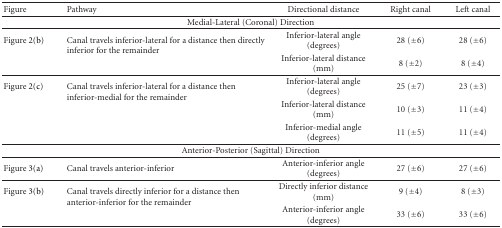
<table><thead><tr><td><b>Figure</b></td><td><b>Pathway</b></td><td><b>Directional distance</b></td><td><b>Right canal</b></td><td><b>Left canal</b></td></tr></thead><tbody><tr><td colspan="5">Medial-Lateral (Coronal) Direction</td></tr><tr><td>Figure 2(b)</td><td rowspan="2">Canal travels inferior-lateral for a distance then directly inferior for the remainder</td><td>Inferior-lateral angle (degrees)</td><td>28 (±6)</td><td>28 (±6)</td></tr><tr><td></td><td>Inferior-lateral distance (mm)</td><td>8 (±2)</td><td>8 (±4) </td></tr><tr><td>Figure 2(c)</td><td rowspan="2">Canal travels inferior-lateral for a distance then inferior-medial for the remainder</td><td>Inferior-lateral angle (degrees)</td><td>25 (±7)</td><td>23 (±3)</td></tr><tr><td></td><td>Inferior-lateral distance (mm)</td><td>10 (±3)</td><td>11 (±4)</td></tr><tr><td></td><td></td><td>Inferior-medial angle (degrees)</td><td>11 (±5)</td><td>11 (±4) </td></tr><tr><td colspan="5">Anterior-Posterior (Sagittal) Direction</td></tr><tr><td>Figure 3(a)</td><td>Canal travels anterior-inferior</td><td>Anterior-inferior angle (degrees)</td><td>27 (±6)</td><td>27 (±6) </td></tr><tr><td>Figure 3(b)</td><td rowspan="2">Canal travels directly inferior for a distance then anterior-inferior for the remainder</td><td>Directly inferior distance (mm)</td><td>9 (±4)</td><td>8 (±3)</td></tr><tr><td></td><td>Anterior-inferior angle (degrees)</td><td>33 (±6)</td><td>33 (±6)</td></tr></tbody></table>